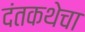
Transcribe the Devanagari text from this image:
दंतकथेचा